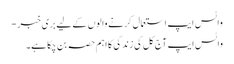
واٹس ایپ استعمال کرنے والوں کے لیے بری خبر -
واٹس ایپ آج کل کی زندگی کا اہم حصہ بن چکا ہے۔